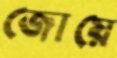
জোয়ে